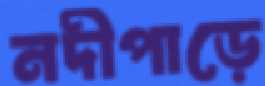
নদীপাড়ে